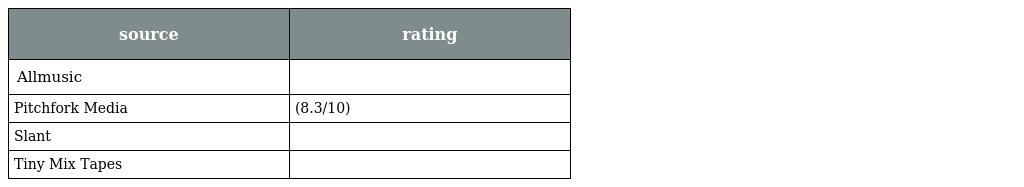
| source | rating |
 | --- | --- |
 | Allmusic |  |
 | Pitchfork Media | (8.3/10) |
 | Slant |  |
 | Tiny Mix Tapes |  |